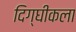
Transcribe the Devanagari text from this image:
दिग्घीकला